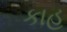
કાહ